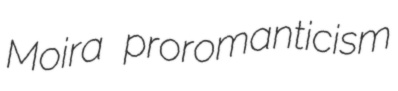
Moira proromanticism